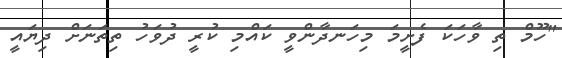
"ހޫމް ތި ވާހަކަ ފެށީމަ މިހަނދާންވީ ކައްމި ކުރީ ދުވަހު ތިތަނަށް ދިޔައީ